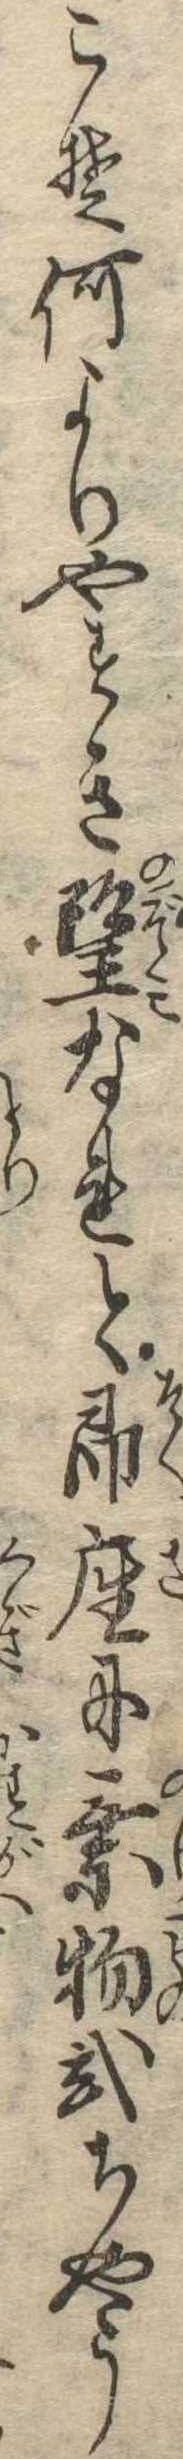
こそ何よりやすき望なれと即座に乗物弐ちやう